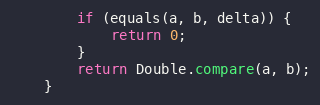
Language: Java
        if (equals(a, b, delta)) {
            return 0;
        }
        return Double.compare(a, b);
    }